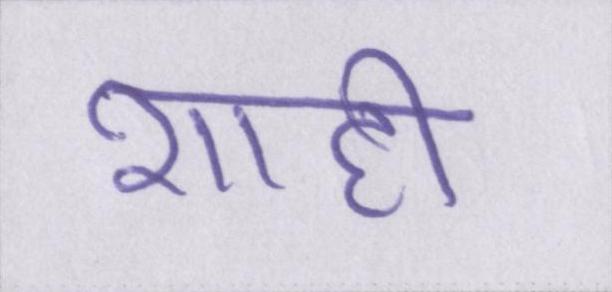
शाही